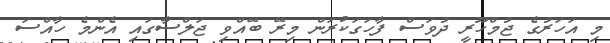
މި އަހަރުގެ ޖުމްހޫރީ ދުވަސް ފާހަގަކުރަން މިރޭ ބޭއްވި ޖަލްސާގައި އެންމެ ހާއްސަ